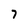
Character: 7